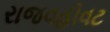
રાજવહીવટ